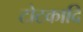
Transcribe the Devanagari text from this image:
टोटकादि